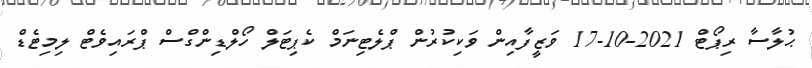
ޙުލާސާ ރިޕޯޓް 2021-10-17 ވަޒީފާއިން ވަކިކުރުން ޕްލެޓިނަމް ކެޕިޓަލް ހޯލްޑިންގްސް ޕްރައިވެޓް ލިމިޓެޑް